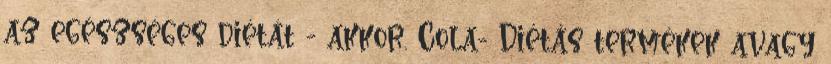
az egészséges diétát - akkor. Cola- Diétás termékek avagy